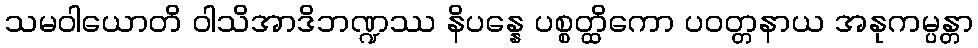
သမဝါယောတိ ဝါသိအာဒိဘဏ္ဍဿ နိပန္နေ ပစ္စတ္ထိကော ပဝတ္တနာယ အနုကမ္ပန္တာ